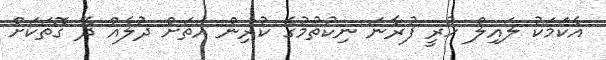
އެކަމަކު ލައިލް ހުރީ ފުރާނަ ނިކުތުމުގެ ކުރިން އަތަށް ދުލެއް ދޭ ގޮތަކަށް